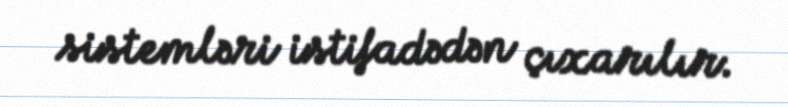
sistemləri istifadədən çıxarılır.